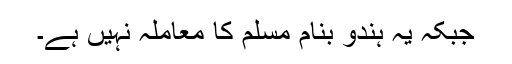
جبکہ یہ ہندو بنام مسلم کا معاملہ نہیں ہے۔